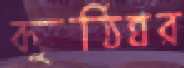
কুঠিঘর